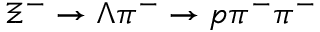
\Xi ^ { - } \to \Lambda \pi ^ { - } \to p \pi ^ { - } \pi ^ { - }